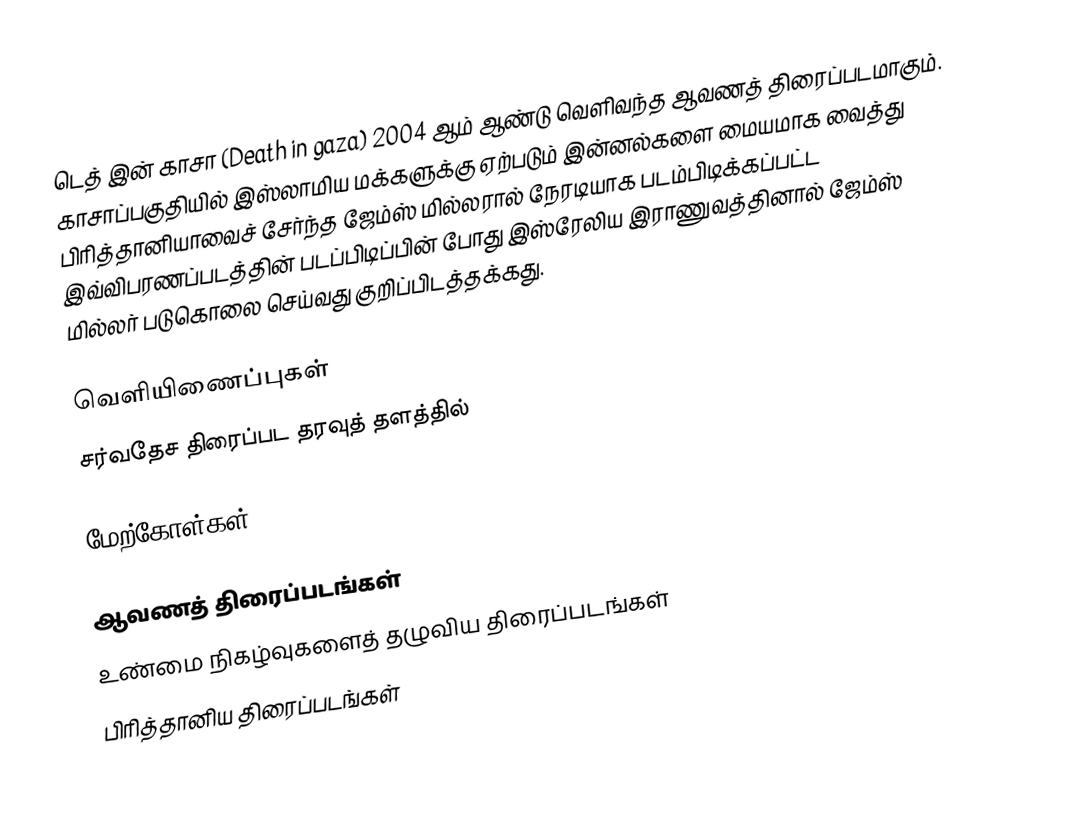
டெத் இன் காசா (Death in gaza) 2004 ஆம் ஆண்டு வெளிவந்த ஆவணத் திரைப்படமாகும். காசாப்பகுதியில்  இஸ்லாமிய மக்களுக்கு ஏற்படும் இன்னல்களை மையமாக வைத்து  பிரித்தானியாவைச் சேர்ந்த ஜேம்ஸ் மில்லரால் நேரடியாக படம்பிடிக்கப்பட்ட இவ்விபரணப்படத்தின் படப்பிடிப்பின் போது இஸ்ரேலிய இராணுவத்தினால் ஜேம்ஸ் மில்லர் படுகொலை செய்வது குறிப்பிடத்தக்கது.

வெளியிணைப்புகள்
சர்வதேச திரைப்பட தரவுத் தளத்தில்

மேற்கோள்கள்

ஆவணத் திரைப்படங்கள்
உண்மை நிகழ்வுகளைத் தழுவிய திரைப்படங்கள்
பிரித்தானிய திரைப்படங்கள்